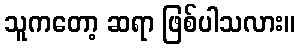
သူကတော့ ဆရာ ဖြစ်ပါသလား။